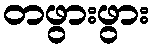
တဖွားဖွား